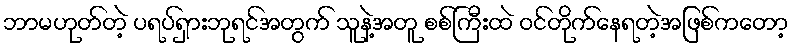
ဘာမဟုတ်တဲ့ ပရပ်ရှားဘုရင်အတွက် သူနဲ့အတူ စစ်ကြီးထဲ ဝင်တိုက်နေရတဲ့အဖြစ်ကတော့